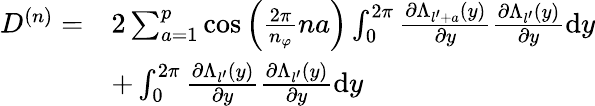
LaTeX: \begin{array}{rl}{D^{(n)}=}&{2\sum_{a=1}^{p}\cos\left(\frac{2\pi}{n_{\varphi}}na\right)\int_{0}^{2\pi}\frac{\partial\Lambda_{l^{\prime}+a}(y)}{\partial y}\frac{\partial\Lambda_{l^{\prime}}(y)}{\partial y}\mathrm{d}y}\\ &{+\int_{0}^{2\pi}\frac{\partial\Lambda_{l^{\prime}}(y)}{\partial y}\frac{\partial\Lambda_{l^{\prime}}(y)}{\partial y}\mathrm{d}y}\end{array}